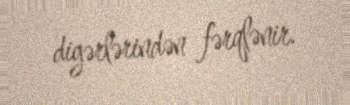
digərlərindən fərqlənir.